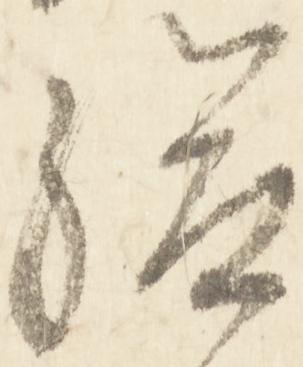
給